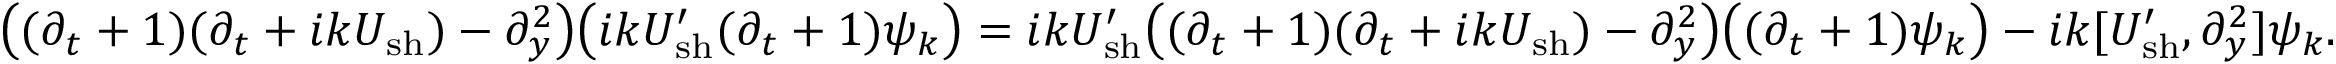
\big ( ( \partial _ { t } + 1 ) ( \partial _ { t } + i k U _ { \mathrm { s h } } ) - \partial _ { y } ^ { 2 } \big ) \big ( i k U _ { \mathrm { s h } } ^ { \prime } ( \partial _ { t } + 1 ) \psi _ { k } \big ) = i k U _ { \mathrm { s h } } ^ { \prime } \big ( ( \partial _ { t } + 1 ) ( \partial _ { t } + i k U _ { \mathrm { s h } } ) - \partial _ { y } ^ { 2 } \big ) \big ( ( \partial _ { t } + 1 ) \psi _ { k } \big ) - i k [ U _ { \mathrm { s h } } ^ { \prime } , \partial _ { y } ^ { 2 } ] \psi _ { k } .